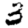
Digit: 3